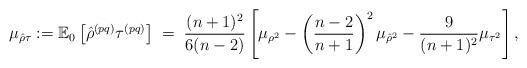
LaTeX: \begin{align*} \mu_{\hat{\rho} \tau} := \mathbb{E}_0\left[ \hat{\rho}^{(pq)} \tau^{(pq)}\right] \;=\; \frac{(n+1)^2}{6(n-2)} \left[\mu_{\rho^2} - \left( \frac{n -2}{n+1}\right)^2 \mu_{\hat{\rho}^2} -\frac{9}{(n+1)^2} \mu_{\tau^2}\right], \end{align*}